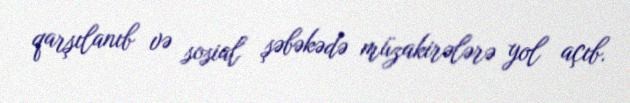
qarşılanıb və sosial şəbəkədə müzakirələrə yol açıb.